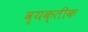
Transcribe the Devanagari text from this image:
व्यक्तीक